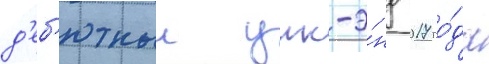
д'еб'ютныи уик-э́нд 2017 го́да